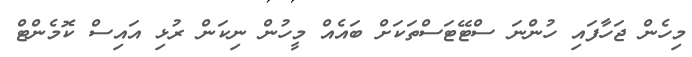
މިހެން ޖަހާފައި ހުންނަ ސްޓޭޓަސްތަކަށް ބައެއް މީހުން ނިކަން ރުޅި އައިސް ކޮމެންޓް